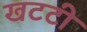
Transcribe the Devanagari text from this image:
खटटी